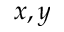
x , y